Report on the bubonic plague in Bombay, 1896-1897
Year: 1896
Disease focus: Plague
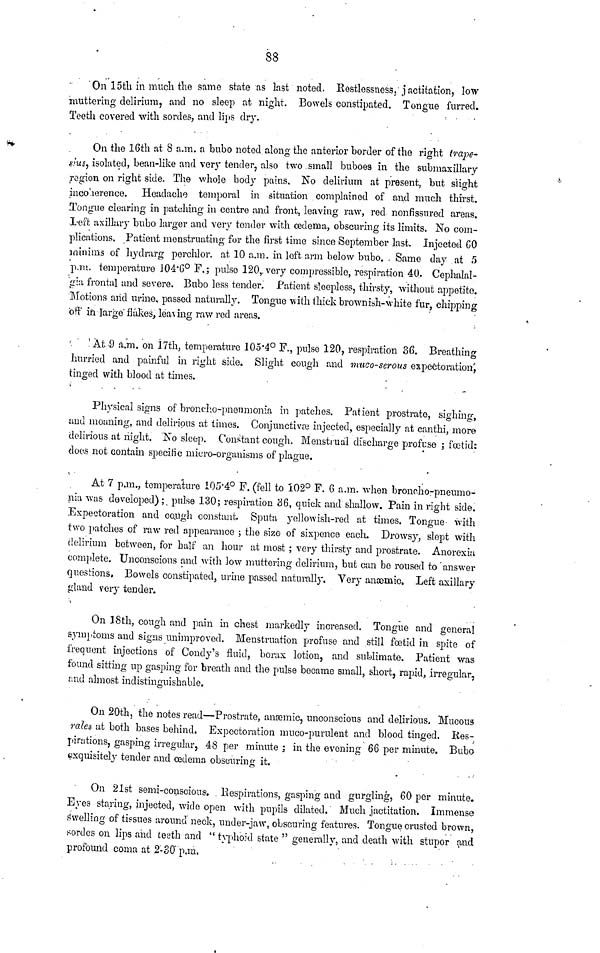
88
On 15tli in much the same state as last noted. Restlessness, jactitation, low
muttering delirium, and no sleep at night. Bowels constipated. Tongue furred.
Teeth covered with sorties, and lips dry.
On the 16th at 8 a.m. a bubo noted along the anterior border of the right trape-
sius, isolated, bean-like and very tender, also two small buboes in the submaxillary
region on right side. The whole body pains. No delirium at present, but slight
incoherence. Headache temporal in situation complained of and much thirst.
Tongue clearing in patching in centre and front, leaving raw, red nonfissured areas.
Left axillary bubo larger and very tender with œdema, obscuring its limits. No com-
plications. Patient menstruating for the first time since September last. Injected 60
minims of hydrarg perchlor, at 10 a.m. in left arm below bubo. Same day at 5
p.m. temperature 104.6° F.; pulse 120, very compressible, respiration 40. Cephalal-
gia frontal and severe. Bubo less tender. Patient sleepless, thirsty, without appetite.
Motions and urine, passed naturally. Tongue with thick brownish-white fur, chipping
oft in large flakes, leaving raw red areas.
At 9 a.m. on 17th, temperature 105.4° F., pulse 120, respiration 36. Breathing
hurried and painful in right side. Slight cough and muco-serous expectoration,
tinged with blood at times.
Physical signs of broncho-pneumonia in patches. Patient prostrate, sighing-,
and moaning, and delirious at times. Conjunctivæ injected, especially at canthi, more
delirious at night. No sleep. Constant cough. Menstrual discharge profuse ; foetid:
does not contain specific micro-organisms of plague.
At 7 p.m., temperature 105.4° F. (fell to 102° F. 6 a.m. when broncho-pneumo-
nia was developed) ; pulse 130; respiration 36, quick and shallow. Pain in right side.
Expectoration and cough constant. Sputa yellowish-red at times. Tongue with
two patches of raw red appearance ; the size of sixpence each. Drowsy, slept with
delirium between, for half an hour at most ; very thirsty and prostrate. Anorexia
complete. Unconscious and with low muttering delirium, but can be roused to answer
questions, Bowels constipated, urine passed naturally. Very anæmic. Left axillary
gland very tender.
On 18th, cough and pain in chest markedly increased. Tongue and general
symptoms and signs unimproved. Menstruation profuse and still foetid in spite of
frequent injections of Condy's fluid, borax lotion, and sublimate. Patient was
found sitting up gasping for breath and the pulse became small, short, rapid, irregular,
and almost indistinguishable.
On 20th, the notes read—Prostrate, anæmic, unconscious and delirious. Mucous
rales at both bases behind. Expectoration muco-purulent and blood tinged. Res-
pirations, gasping irregular, 48 per minute ; in the evening 66 per minute. Bubo
exquisitely tender and œdema obscuring it.
On 21st semi-conscious. Respirations, gasping and gurgling, 60 per minute.
Eves staring, injected, wide open with pupils dilated. Much jactitation. Immense
swelling of tissues around neck, under-jaw, obscuring features. Tongue crusted brown,
sordes on lips and teeth and " typhoid state " generally, and death with stupor and
profound coma at 2-30 p.m.